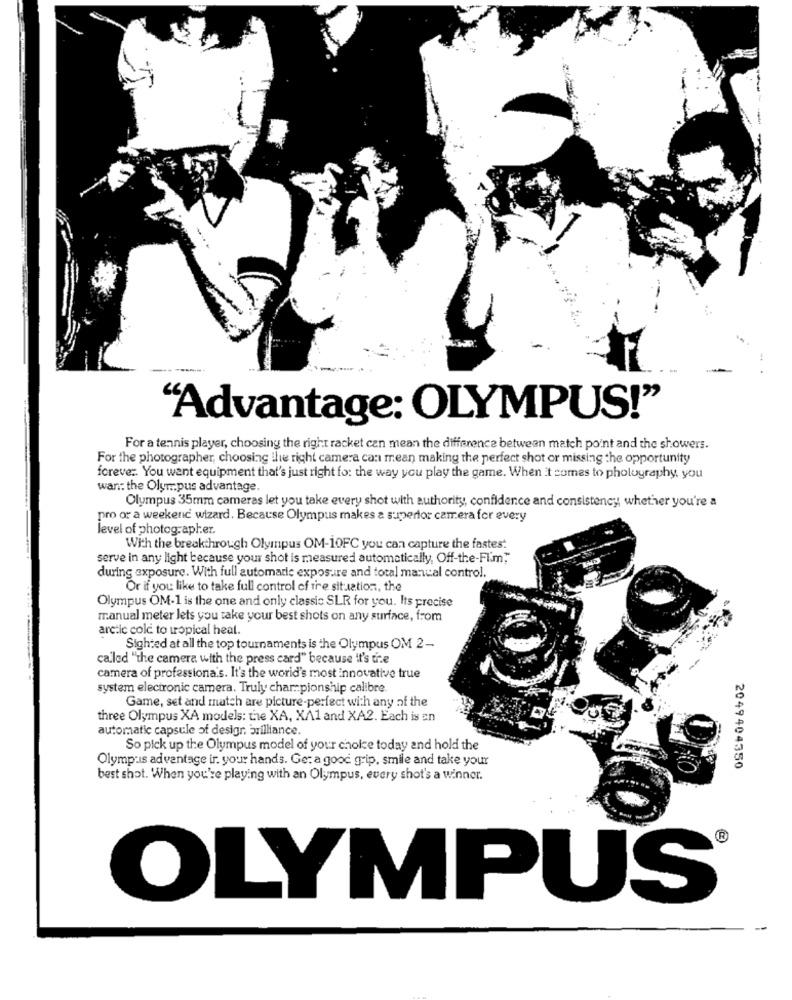
"Advantage: OLYMPUS!"
For a tennis player, choosing the right racket can mean the difference between match point and the showers.
For the photographer, choosing the right camera can mean making the perfect shot or missing the opportunity
forever You want equipment that's just right fo: the way you play the game. When it comes to pholuyraphy, you
wan: the Olympus advantage.
Olympus 35mm cameras let you take every shot with authority, confidence and consistency whether you're a
pro or a weekend wizard. Because Olympus makes a superior camera for every
level of photographer.
With the breakthrough Olympus OM-10FC you can capture the fastest
serve in any light because your shot is measured automatically, Off-the-Fim","
during exposure. With full automatic exposure and total manual control.
Or if you like to take full control of the situation, the
Olympus OM-1 is the one and only classic SLR for you. Its precise
manual meter lets you take your best shots on any surface, from
arctic cold to tropical heal.
Sighted at all the top tournaments is the Olympus OM 2-
called "the camera with the press card" because It's the
camera of professiona.s. It's the world's most innovative true
system electronic camera. Truly championship calibre.
Game, set and match are picture-perfect with any of the
three Olympus XA models: the XA, XA1 and XA2. Each is an
automatic capsule of design, brilliance.
So pick up the Olympus model of your choice today and hold the
Olympus advantage ir. your hands. Ge: a good grip, smile and take your
2049404350
best shot. When you're playing with an Olympus, every shot's a winner.
OLYMPUS®